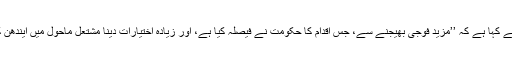
معروف کشمیری علیحدگی پسند رہنما، میر واعظ عمر فاروق نے کہا ہے کہ ’’مزید فوجی بھیجنے سے، جس اقدام کا حکومت نے فیصلہ کیا ہے، اور زیادہ اختیارات دینا مشتعل ماحول میں ایندھن کا کام کرے گا، چونکہ لوگ اِس کی سخت مخالفت کریں گے‘‘۔